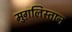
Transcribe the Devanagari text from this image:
मुग़लिस्तान